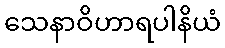
သေနာဝိဟာရပါနိယံ